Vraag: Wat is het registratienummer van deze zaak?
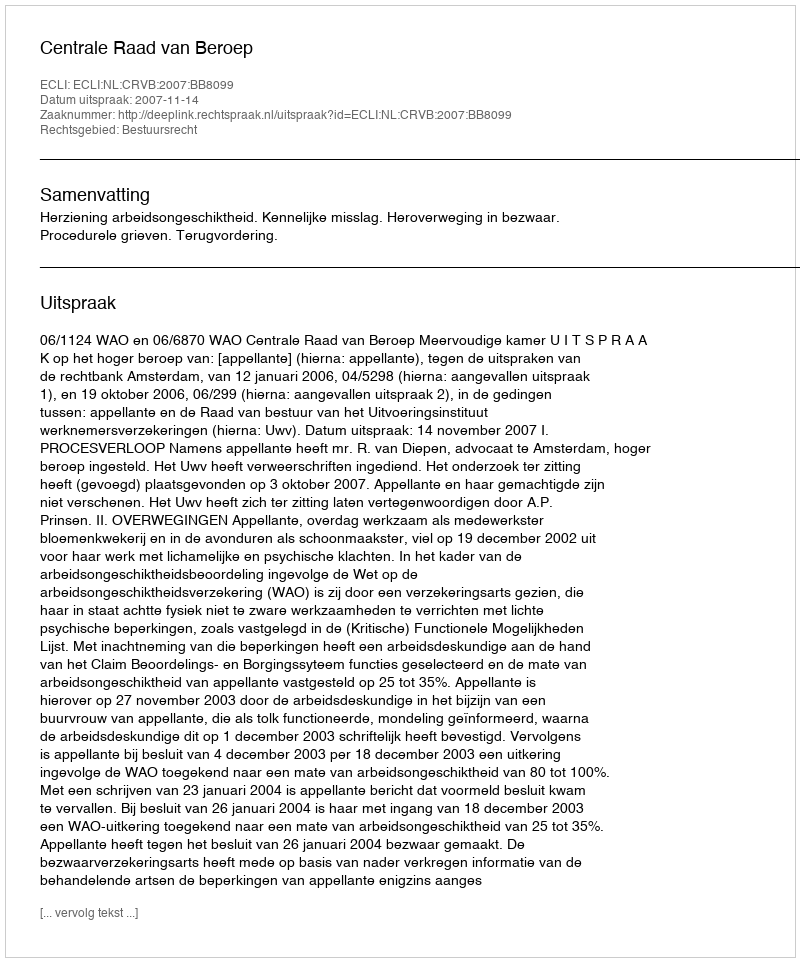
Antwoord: http://deeplink.rechtspraak.nl/uitspraak?id=ECLI:NL:CRVB:2007:BB8099